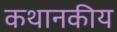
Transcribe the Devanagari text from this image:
कथानकीय